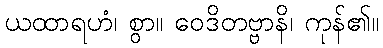
ယထာရဟံ၊ စွာ။ ဝေဒိတဗ္ဗာနိ၊ ကုန်၏။